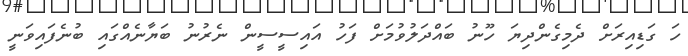
ހަ ގަޑިއިރަށް ދެމިގެންދިޔަ ހޫނު ބައްދަލުވުމަށް ފަހު އައިސީސީން ނެރުނު ބަޔާނެއްގައި ބުނެފައިވަނީ